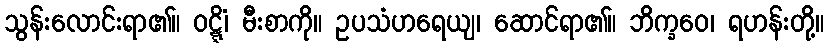
သွန်းလောင်းရာ၏။ ဝဋ္ဋိံ၊ မီးစာကို။ ဥပသံဟရေယျ၊ ဆောင်ရာ၏။ ဘိက္ခဝေ၊ ရဟန်းတို့။